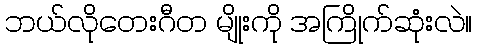
ဘယ်လိုတေးဂီတ မျိုးကို အကြိုက်ဆုံးလဲ။